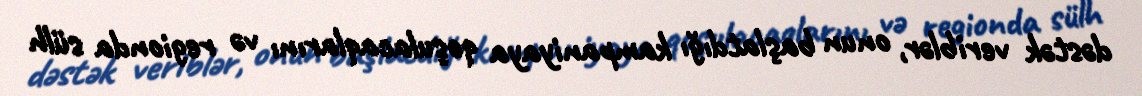
dəstək veriblər, onun başlatdığı kampaniyaya qoşulacaqlarını və regionda sülh